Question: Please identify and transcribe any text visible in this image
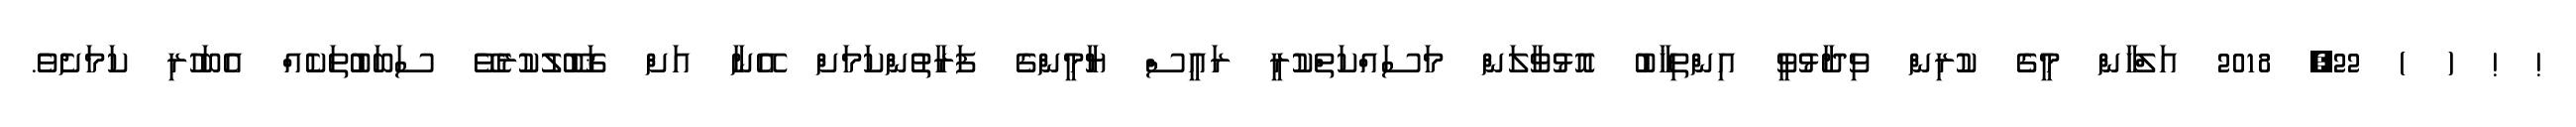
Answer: ! ! ( ) 22, 2018 އަލްހާން މީގެ ކުރިން ވިދާޅުވީ އިންތިޚާބު އޮޅުވާލަން މަސައްކަތްކުރީ ރައީސް ޔާމީންގެ ފަރާތުންކަމަށް އޭނާ އަށް ޤަބޫލުކުރެވޭ ސަބަބުތަކެއް އެބަހުރި ކަމަށެވެ.